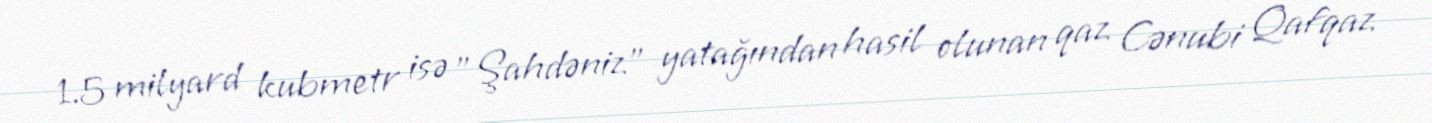
1.5 milyard kubmetr isə ”Şahdəniz" yatağından hasil olunan qaz Cənubi Qafqaz